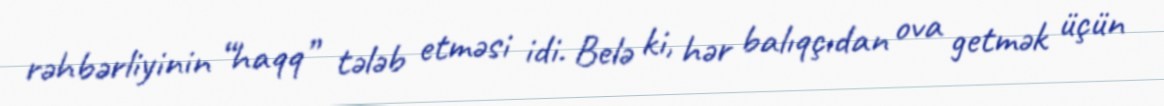
rəhbərliyinin “haqq” tələb etməsi idi. Belə ki, hər balıqçıdan ova getmək üçün